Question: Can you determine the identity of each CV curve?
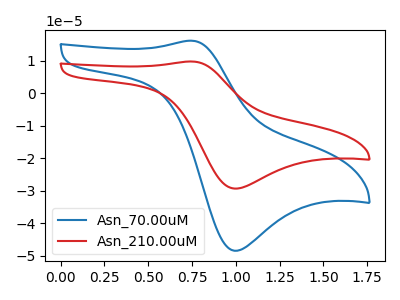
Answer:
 <answer>The blue curve is labeled "Asn_70.00uM". The red curve is labeled "Asn_210.00uM".</answer>
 <eval></eval>